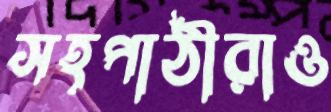
সহপাঠীরাও